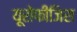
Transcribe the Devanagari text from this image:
यूरोफीजिस